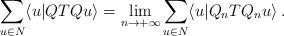
LaTeX: \begin{align*}\sum_{u\in N} \langle u | QTQ u\rangle = \lim_{n \to +\infty} \sum_{u\in N} \langle u| Q_nTQ_n u\rangle\:.\end{align*}